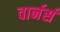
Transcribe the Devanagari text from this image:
वार्नर्स